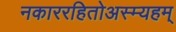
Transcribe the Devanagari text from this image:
नकाररहितोअस्म्यहम्